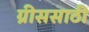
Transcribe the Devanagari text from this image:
ग्रीससाठी